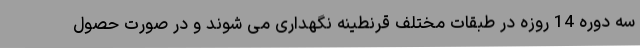
سه دوره 14 روزه در طبقات مختلف قرنطینه نگهداری می شوند و در صورت حصول